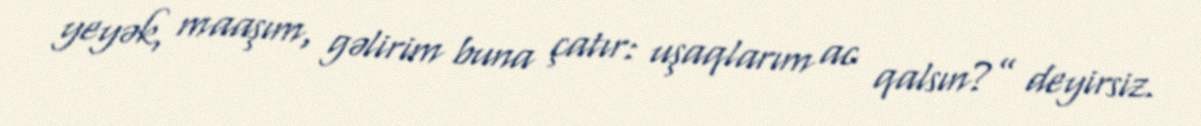
yeyək, maaşım, gəlirim buna çatır: uşaqlarım ac qalsın?” deyirsiz.